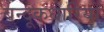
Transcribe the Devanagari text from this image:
बन्दूकधारियों